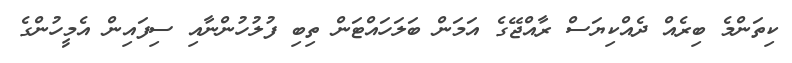
ކިތަންމެ ބިރެއް ދެއްކިޔަސް ރާއްޖޭގެ އަމަން ބަލަހައްޓަން ތިބި ފުލުހުންނާއި ސިފައިން އެމީހުންގެ